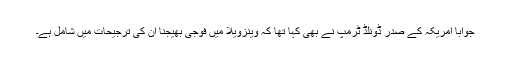
جواباً امریکہ کے صدر ڈونلڈ ٹرمپ نے بھی کہا تھا کہ وینزویلا میں فوجی بھیجنا ان کی ترجیحات میں شامل ہے۔